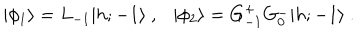
\vert \phi _ { 1 } \rangle = L _ { - 1 } \vert { h ; - 1 } \rangle { } ~ , { } ~ { } ~ { } ~ \vert \phi _ { 2 } \rangle = G _ { - 1 } ^ { + } G _ { 0 } ^ { - } \vert { h ; - 1 } \rangle { } ~ .